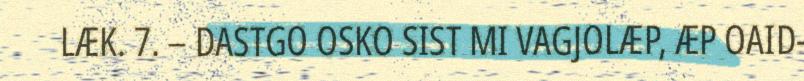
LÆK. 7. – DASTGO OSKO SIST MI VAGJOLÆP, ÆP OAID-